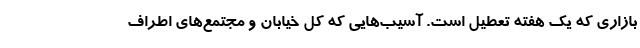
بازاری که یک هفته تعطیل است. آسیب‌هایی که کل خیابان و مجتمع‌های اطراف